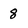
Character: 8